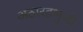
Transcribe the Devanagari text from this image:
अठारहभुजी